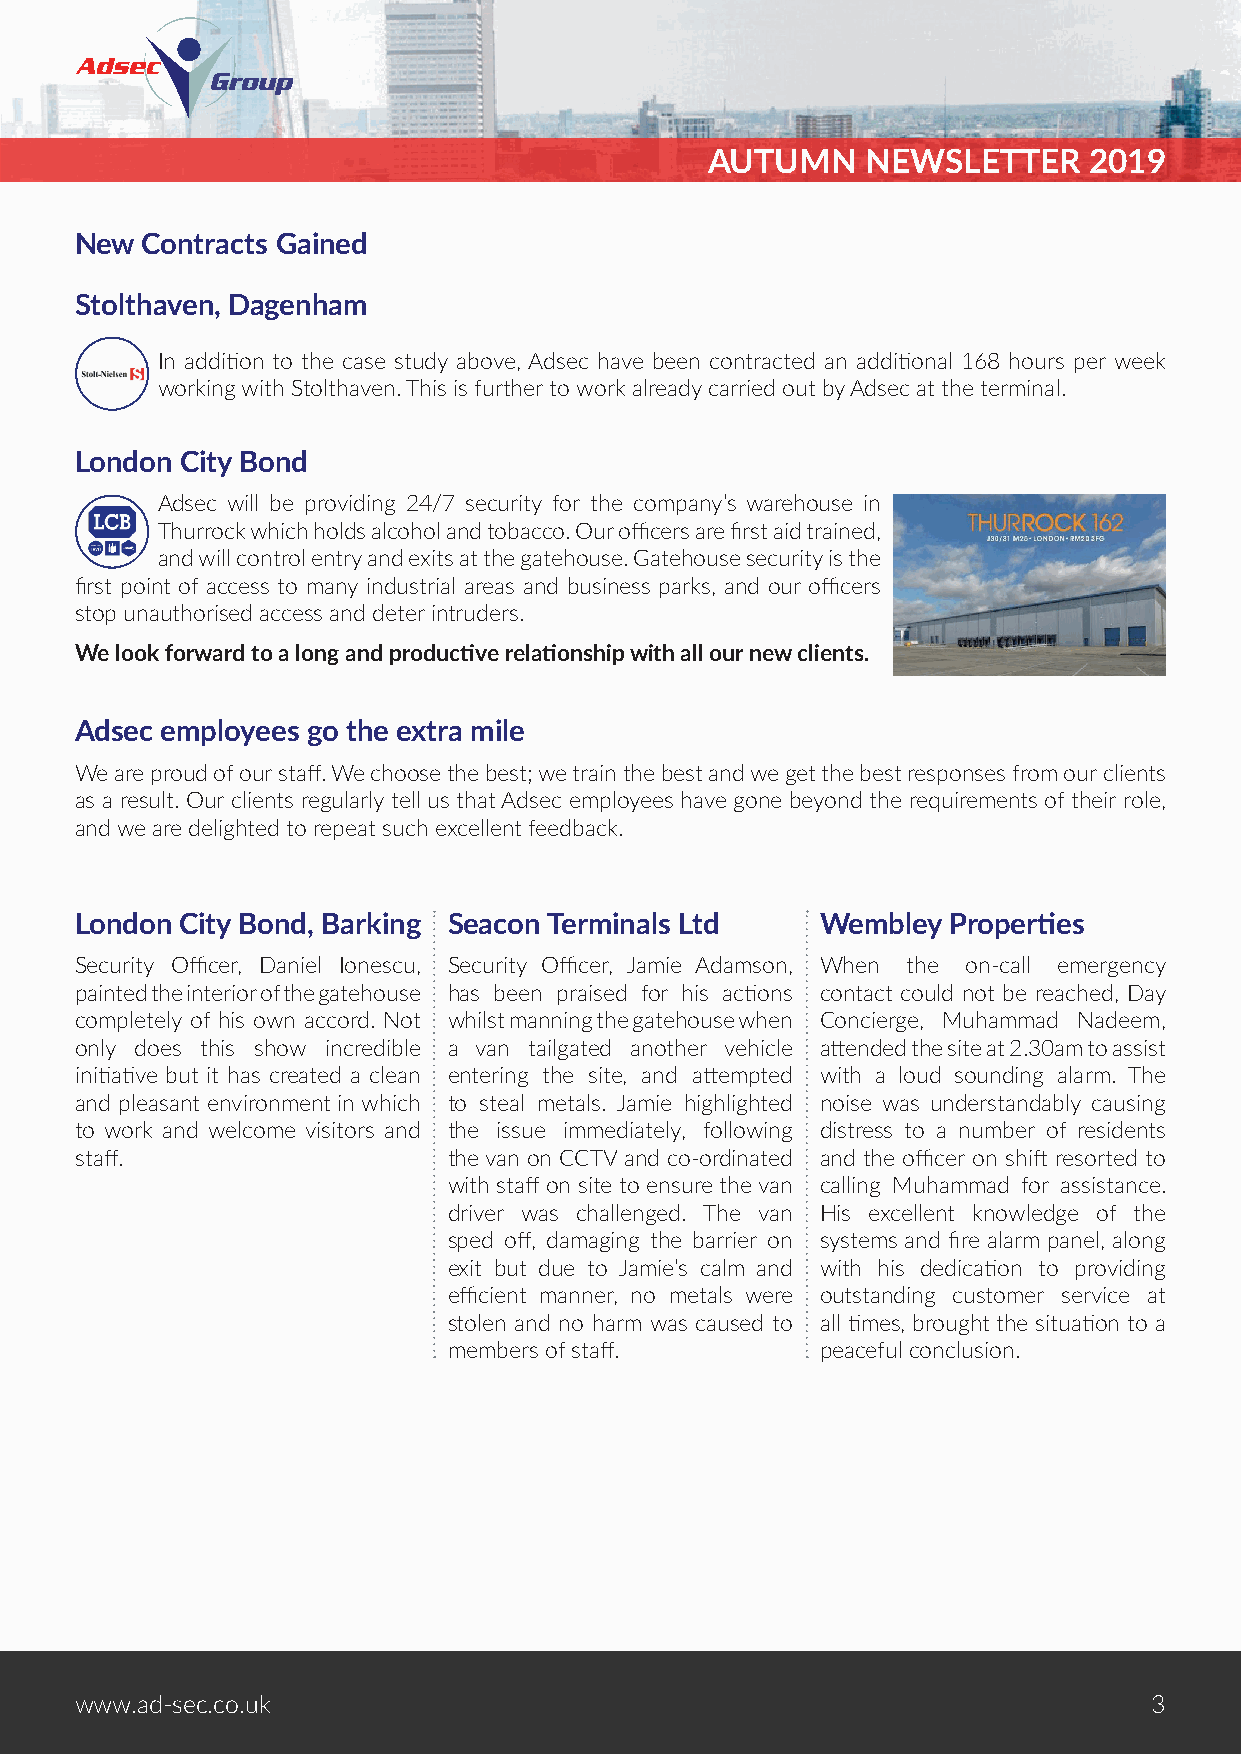
ASUUMTUMMENR NNEEWWSSLLEETTTTEERR 22001199
 New Contracts Gained
 Stolthaven, Dagenham
 In addition to the case study above, Adsec have been contracted an additional 168 hours per week
 working with Stolthaven. This is further to work already carried out by Adsec at the terminal.
 London City Bond
 Adsec will be providing 24/7 security for the company’s warehouse in
 Thurrock which holds alcohol and tobacco. Our officers are first aid trained,
 and will control entry and exits at the gatehouse. Gatehouse security is the
 first point of access to many industrial areas and business parks, and our officers
 stop unauthorised access and deter intruders.
 We look forward to a long and productive relationship with all our new clients.
 Adsec employees go the extra mile
 We are proud of our staff. We choose the best; we train the best and we get the best responses from our clients
 as a result. Our clients regularly tell us that Adsec employees have gone beyond the requirements of their role,
 and we are delighted to repeat such excellent feedback.
 London City Bond, Barking Seacon Terminals Ltd   Wembley  Properties
 Security Officer, Daniel Ionescu, Security Officer, Jamie Adamson, When the on-call emergency
 painted the interior of the gatehouse has been praised for his actions contact could not be reached, Day
 completely of his own accord. Not whilst manning the gatehouse when Concierge, Muhammad Nadeem,
 only does this show incredible a van tailgated another vehicle attended the site at 2.30am to assist
 initiative but it has created a clean entering the site, and attempted with a loud sounding alarm. The
 and pleasant environment in which to steal metals. Jamie highlighted noise was understandably causing
 to work and welcome visitors and the issue immediately, following distress to a number of residents
 staff.                   the van on CCTV and co-ordinated and the officer on shift resorted to
 with staff on site to ensure the van calling Muhammad for assistance.
 driver was challenged. The van His excellent knowledge of the
 sped off, damaging the barrier on systems and fire alarm panel, along
 exit but due to Jamie’s calm and with his dedication to providing
 efficient manner, no metals were outstanding customer service at
 stolen and no harm was caused to all times, brought the situation to a
 members of staff.       peaceful conclusion.
 wwwwww..aadd--sseecc..ccoo..uukk                                       43